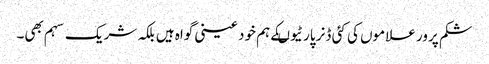
شکم پرور علاموں کی کئی ڈنر پارٹیوںکے ہم خود عینی گواہ ہیں بلکہ شریک سہم بھی۔